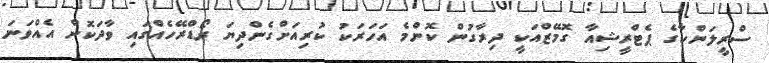
ސްރީލަންކާގެ ޕެޓްރީޝިއާ ގޮމޭޒްއަކީ ދިރާގުން ކޮންމެ އަހަރަކު ކުރިއަށްގެންދިޔަ ރޯޑްރޭހެއްގައި ވާދަކޮށް އެއްވަނަ